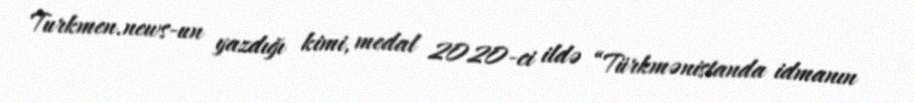
Turkmen.news-un yazdığı kimi, medal 2020-ci ildə “Türkmənistanda idmanın